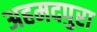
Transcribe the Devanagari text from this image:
अहमदपुरा